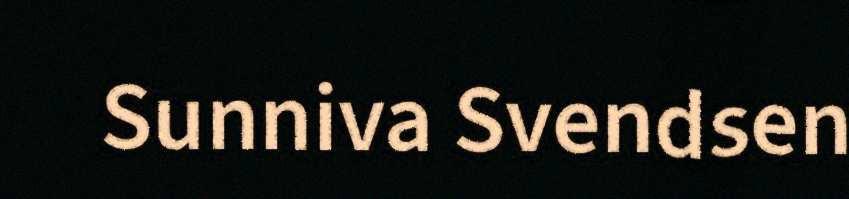
Sunniva Svendsen